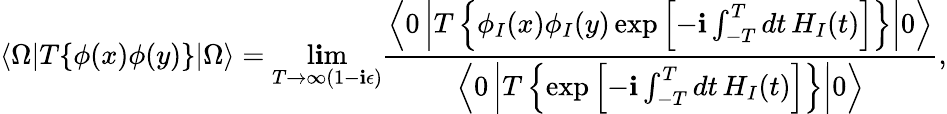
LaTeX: \langle\Omega|T\{ \phi(x)\phi(y)\} |\Omega\rangle=\operatorname*{l\mathbf{i}m}_{T\to\infty(1-\mathbf{i}\epsilon)}{\frac{{\left\langle0\left|T\left\{ \phi_{I}(x)\phi_{I}(y)\exp\left[-\mathbf{i}\int_{-T}^{T}dt\, H_{I}(t)\right]\right\} \right|0\right\rangle}}{{\left\langle0\left|T\left\{ \exp\left[-\mathbf{i}\int_{-T}^{T}dt\, H_{I}(t)\right]\right\} \right|0\right\rangle}}},